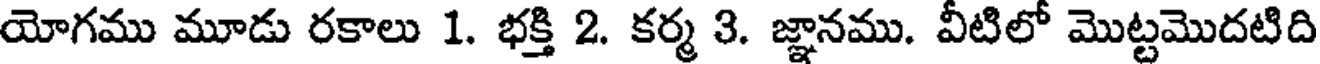
యోగము మూడు రకాలు 1. భక్తి 2. కర్మ 3. జ్ఞానము. వీటిలో మొట్టమొదటిది